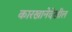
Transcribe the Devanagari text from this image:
कारखानेदेखील